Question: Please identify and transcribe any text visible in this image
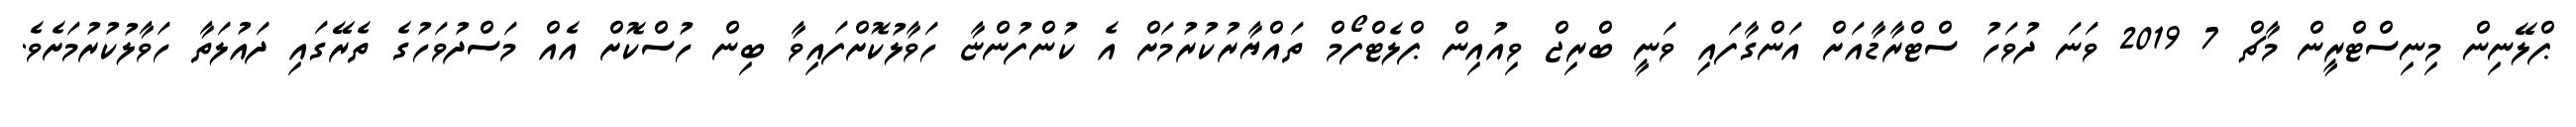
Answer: ޕްލޭނިން މިނިސްޓްރީން މާޗް 7 2019 ވަނަ ދުވަހު ސްޓްރާޑާއަށް އަންގާފައި ވަނީ ބްރިޖް ވިއުއިން ޕްލެޓްފޯމް ތައްޔާރުކުރުމަށް އެ ކުންފުންޏާ ހަވާލުކޮށްފައިވާ ބިން ހުސްކޮށް އެއް މަސްދުވަހުގެ ތެރޭގައި ދައުލަތާ ހަވާލުކުރުމަށެވެ.